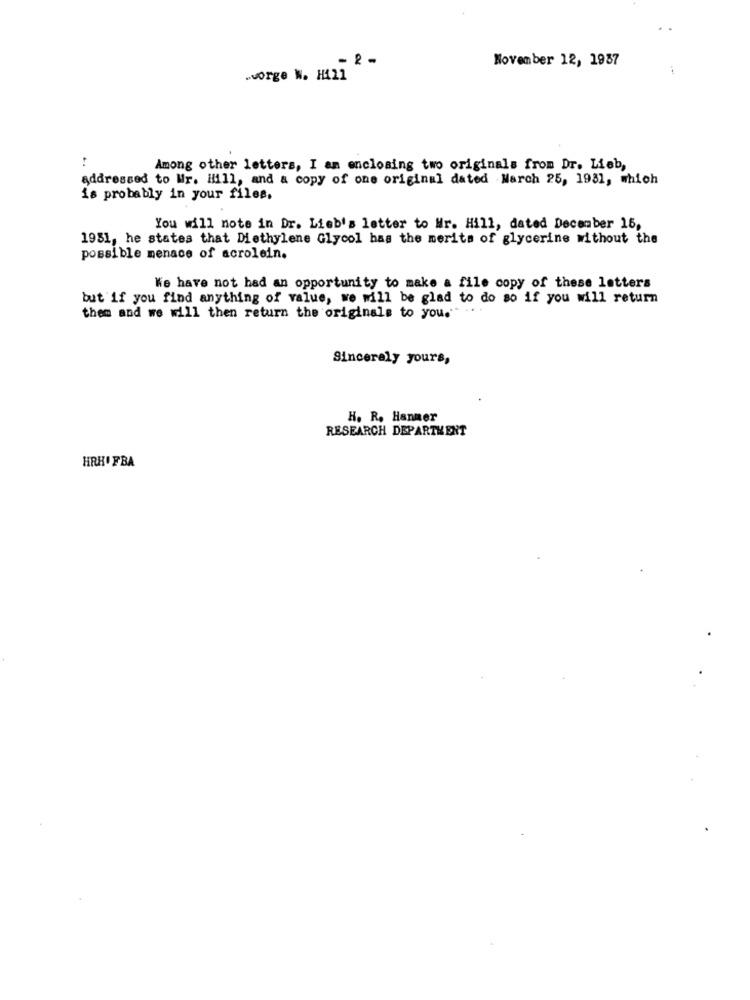
- 2 -
November 12, 1987
-vorge W. Hill
Among other letters, I am enclosing two originals from Dr. Lieb,
addressed to Mr. Hill, and & copy of one original dated March 25, 1931, which
is probably in your files,
You will note in Dr. Lieb's letter to Mr. Hill, dated December 15,
1951, he states that Diethylene Glycol has the merits of glycerine without the
possible menace of acrolein.
We have not had an opportunity to make a file copy of these letters
but if you find anything of value, we will be glad to do so if you will return
them and we will then return the originals to you.".
Sincerely yours,
H. R. Hanmer
RESEARCH DEPARTMENT
HRHUFBA